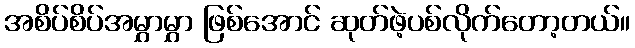
အစိပ်စိပ်အမွှာမွှာ ဖြစ်အောင် ဆုတ်ဖဲ့ပစ်လိုက်တော့တယ်။